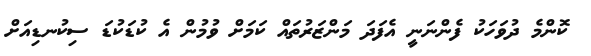
ކޮންމެ ދުވަހަކު ފެންނަނީ އެފަދަ މަންޒަރުތައް ކަމަށް ވުމުން އެ ކުޑަކުޑަ ސިކުނޑިއަށް